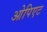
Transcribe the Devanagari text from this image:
ओपिएट